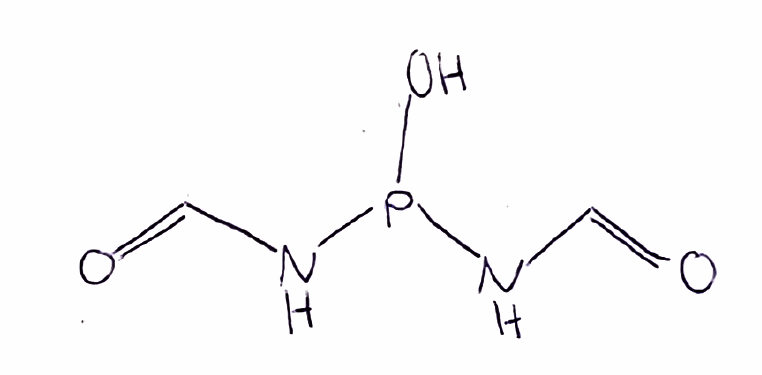
Simplified molecular-input line-entry system (SMILES) notation of the given molecule:
C(=O)NP(NC=O)O